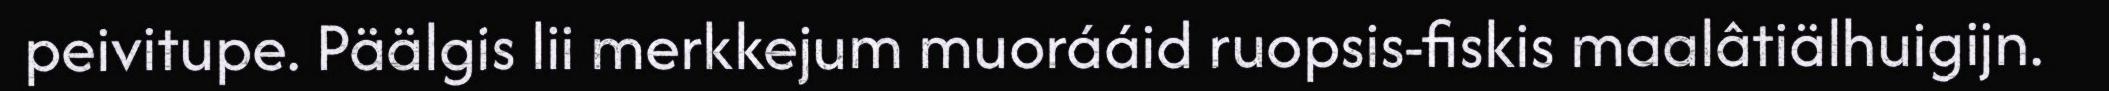
peivitupe. Päälgis lii merkkejum muorááid ruopsis-fiskis maalâtiälhuigijn.